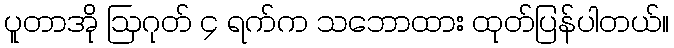
ပူတာအို ဩဂုတ် ၄ ရက်က သဘောထား ထုတ်ပြန်ပါတယ်။